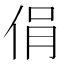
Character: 𠉌